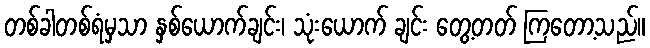
တစ်ခါတစ်ရံမှသာ နှစ်ယောက်ချင်း၊ သုံးယောက် ချင်း တွေ့တတ် ကြတော့သည်။